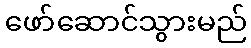
ဖော်ဆောင်သွားမည်